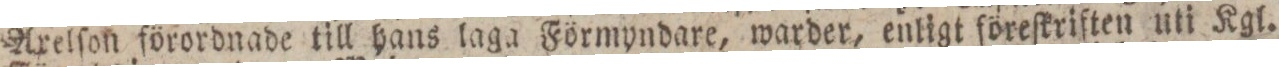
Axelſon förordnade till hans laga Förmyndare, warder, enligt föreſkriften uti Kgl.